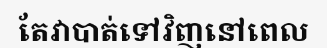
តែវាបាត់ទៅវិញនៅពេល